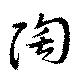
陶